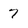
Character: 7